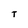
Character: T